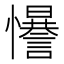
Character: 𢥑